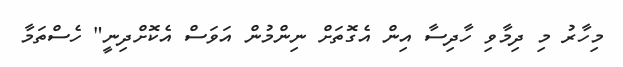
މިހާރު މި ދިމާވި ހާދިސާ އިން އެގޮތަށް ނިންމުން އަވަސް އެކޮށްދިނީ" ހެސްތަމާ